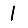
Digit: 1